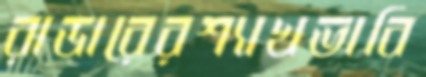
রাডারেরশ্যাখভাবি